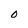
Character: O